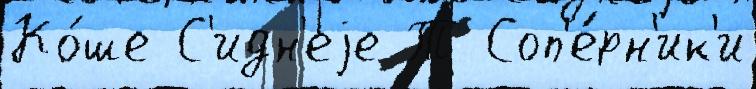
Ко́ше С'идн'еjе Т Соп'е́рн'ик'и